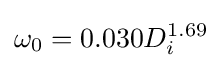
\omega _{0}=0.030D_{i}^{1.69}